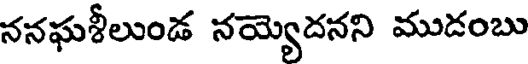
ననఘశీలుండ నయ్యెదనని ముడంబు